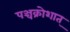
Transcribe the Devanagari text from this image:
पञ्चक्रोशात्